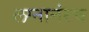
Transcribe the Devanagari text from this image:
लग्नानंरच